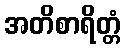
အတိစာရိတ္တံ